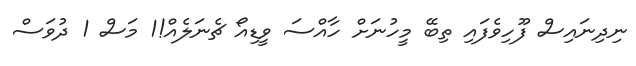
ނިދިނައިސް ފޫހިވެފައި ތިބޭ މީހުނަށް ހާއްސަ ވީޑިއޯ ޗެނަލެއް!1 މަސް 1 ދުވަސް